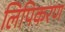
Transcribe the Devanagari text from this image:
लिपिकरण